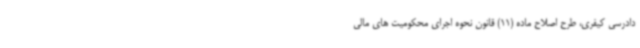
دادرسی کیفری، طرح اصلاح ماده (11) قانون نحوه اجرای محکومیت های مالی